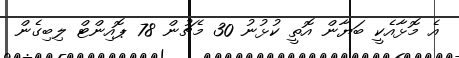
އެ މޮޅާއެކީ ބަޔާން އޮތީ ކުޅުނު 30 މެޗުން 78 ޕޮއިންޓް ލިބިގެން